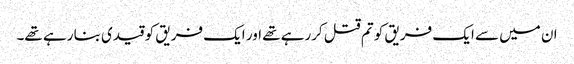
ان میں سے ایک فریق کو تم قتل کررہے تھے اور ایک فریق کو قیدی بنا رہے تھے۔